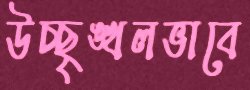
উচ্ছৃঙ্খলভাবে